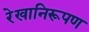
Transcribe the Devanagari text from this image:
रेखानिरूपण